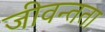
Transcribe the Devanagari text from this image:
जीवन्‍तता